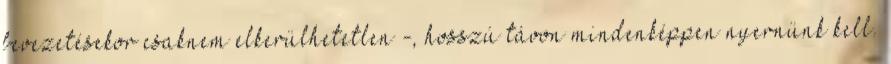
bevezetésekor csaknem elkerülhetetlen -, hosszú távon mindenképpen nyernünk kell.